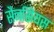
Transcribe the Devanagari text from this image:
सैनसियस